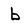
Character: b